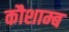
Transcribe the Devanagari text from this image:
कौशाम्ब